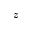
z